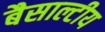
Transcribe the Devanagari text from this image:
बैसाल्टीय